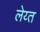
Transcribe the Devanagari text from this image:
लेय्त